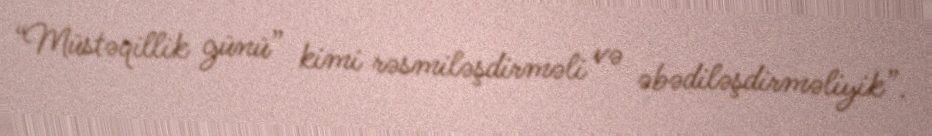
“Müstəqillik günü” kimi rəsmiləşdirməli və əbədiləşdirməliyik”.